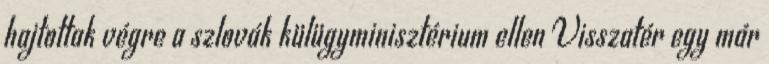
hajtottak végre a szlovák külügyminisztérium ellen Visszatér egy már